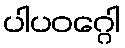
ပါပဝဂ္ဂေါ